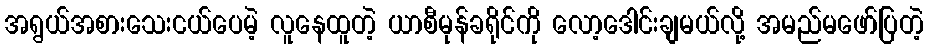
အရွယ်အစားသေးငယ်ပေမဲ့ လူနေထူတဲ့ ယာစီမုန်ခရိုင်ကို လော့ဒေါင်းချမယ်လို့ အမည်မဖော်ပြတဲ့